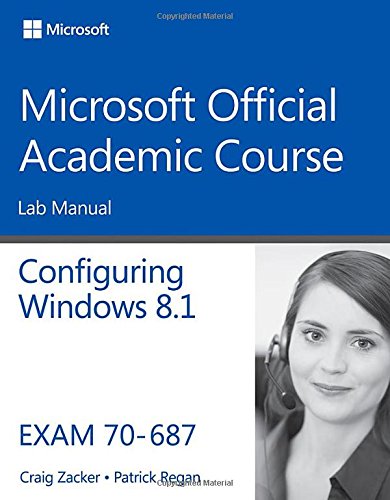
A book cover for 70-687 Configuring Windows 8.1 Lab Manual (Microsoft Official Academic Course Series); Microsoft Official Academic Course; Computers & Technology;